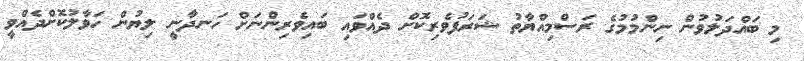
މި ބައްދަލުވުން ނިންމުމުގެ ރަސްމިއްޔާތު ޝަރަފުވެރިކޮށް ދެއްވައި ބައިވެރިންނަށް ހަނދާނީ ލިޔުން ހަވާލުކޮށްދެއްވީ